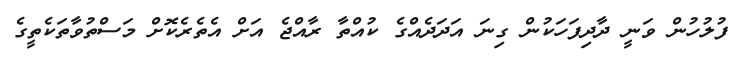
ފުލުހުން ވަނީ ދާދިފަހަކުން ގިނަ އަދަދެއްގެ ކުއްތާ ރާއްޖެ އަށް އެތެރެކޮށް މަސްތުވާތަކެތީގެ